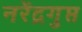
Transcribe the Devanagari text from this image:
नरेंद्रगुप्त